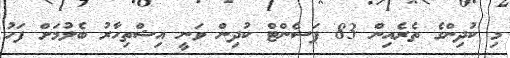
މި ކުދިންގެ ތެރެއިން 83 ޕަސެންޓް ކުދިން ވަނީ އިޝްތިހާރު ބެލުމަށް ފަހު